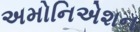
અમોનિએશન